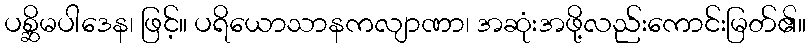
ပစ္ဆိမပါဒေန၊ ဖြင့်။ ပရိယောသာနကလျာဏာ၊ အဆုံးအဖို့လည်းကောင်းမြတ်၏။